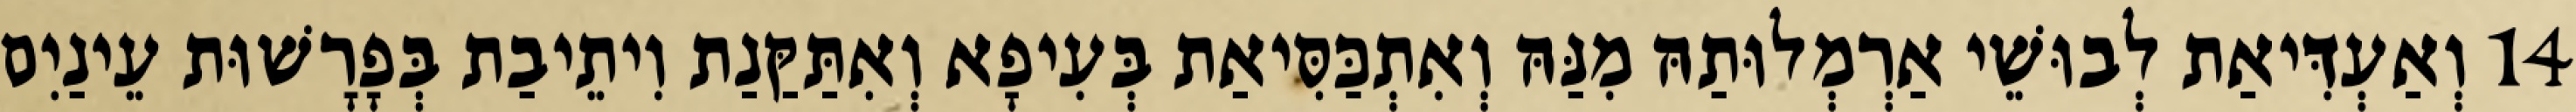
14 וְאַעְדִּיאַת לְבוּשֵׁי אַרְמְלוּתַהּ מִנַּהּ וְאִתְכַּסִּיאַת בְּעִיפָא וְאִתַּקַּנַת וִיתֵיבַת בְּפָרָשׁוּת עֵינַיִם